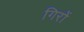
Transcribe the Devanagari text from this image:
गिरों